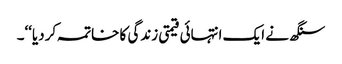
سنگھ نے ایک انتہائی قیمتی زندگی کا خاتمہ کردیا‘‘۔